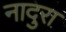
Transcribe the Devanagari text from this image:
नादुरा